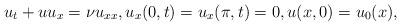
LaTeX: \begin{align*} u_t + uu_x &=\nu u_{xx}, u_x(0,t)=u_x(\pi,t) = 0, u(x,0) = u_0(x),\end{align*}